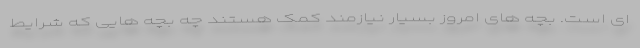
ای است. بچه های امروز بسیار نیازمند کمک هستند چه بچه هایی که شرایط